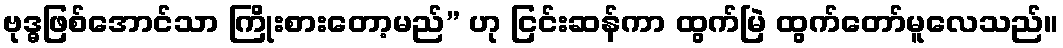
ဗုဒ္ဓဖြစ်အောင်သာ ကြိုးစားတော့မည်” ဟု ငြင်းဆန်ကာ ထွက်မြဲ ထွက်တော်မူလေသည်။